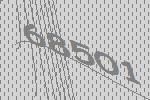
68501